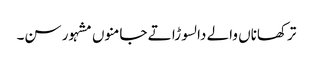
ترکھاناں والے دا لسوڑا تے جامنوں مشہور سن۔